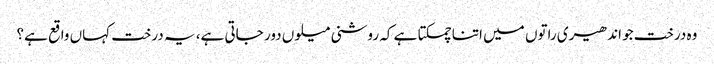
وہ درخت جو اندھیری راتوں میں اتنا چمکتا ہے کہ روشنی میلوں دور جاتی ہے، یہ درخت کہاں واقع ہے؟